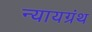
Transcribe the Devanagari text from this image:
न्यायग्रंथ